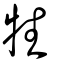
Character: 牲